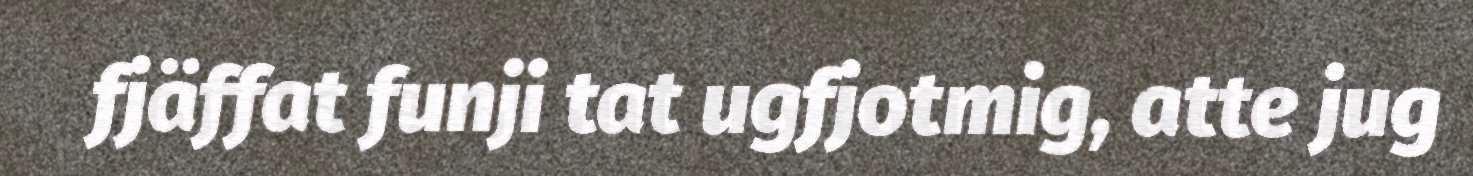
fjäffat funji tat ugfjotmig, atte jug